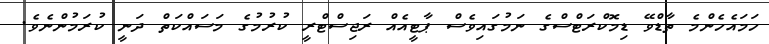
ހަމައެހެންމެ ތާޑްވޭ ޑިމޮކްރަޓްސްގެ ނަމުގައިވެސް ޕާޓީއެއް ރަޖިސްޓްރީ ކުރުމުގެ މަސައްކަތް ދަނީ ކުރަމުންނެވެ.